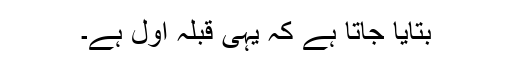
بتایا جاتا ہے کہ یہی قبلہ اول ہے۔